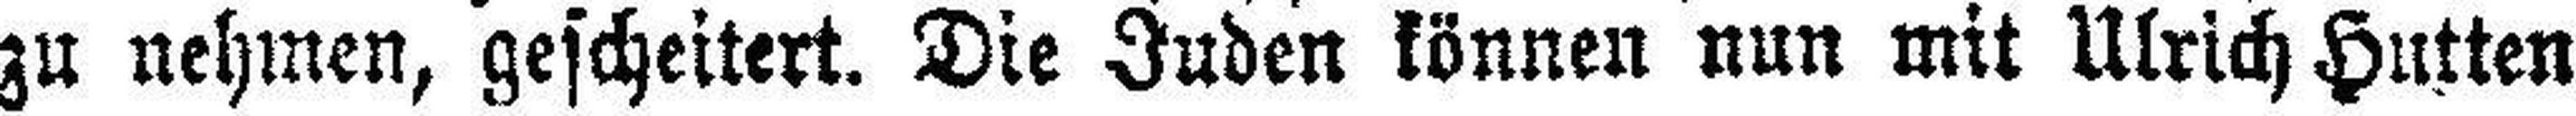
zu nehmen, gescheitert. Die Juden können nun mit Ulrich Hutten